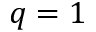
q = 1